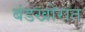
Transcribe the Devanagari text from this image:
बंडखोरांत